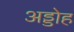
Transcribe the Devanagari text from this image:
अड्डोह